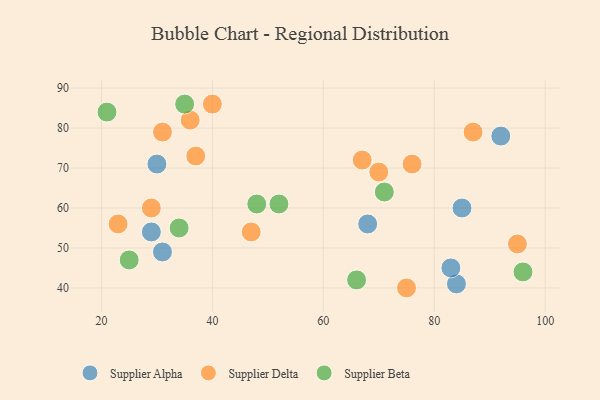
{"axis": {"x": "GDP", "y": "Life Expectancy"}, "legend": ["Supplier Alpha", "Supplier Beta", "Supplier Delta"], "data": [{"x": "30", "y": 71, "type": "Supplier Alpha"}, {"x": "84", "y": 41, "type": "Supplier Alpha"}, {"x": "68", "y": 56, "type": "Supplier Alpha"}, {"x": "31", "y": 49, "type": "Supplier Alpha"}, {"x": "29", "y": 54, "type": "Supplier Alpha"}, {"x": "83", "y": 45, "type": "Supplier Alpha"}, {"x": "92", "y": 78, "type": "Supplier Alpha"}, {"x": "85", "y": 60, "type": "Supplier Alpha"}, {"x": "36", "y": 82, "type": "Supplier Delta"}, {"x": "23", "y": 56, "type": "Supplier Delta"}, {"x": "31", "y": 79, "type": "Supplier Delta"}, {"x": "95", "y": 51, "type": "Supplier Delta"}, {"x": "87", "y": 79, "type": "Supplier Delta"}, {"x": "29", "y": 60, "type": "Supplier Delta"}, {"x": "40", "y": 86, "type": "Supplier Delta"}, {"x": "76", "y": 71, "type": "Supplier Delta"}, {"x": "37", "y": 73, "type": "Supplier Delta"}, {"x": "70", "y": 69, "type": "Supplier Delta"}, {"x": "67", "y": 72, "type": "Supplier Delta"}, {"x": "75", "y": 40, "type": "Supplier Delta"}, {"x": "47", "y": 54, "type": "Supplier Delta"}, {"x": "34", "y": 55, "type": "Supplier Beta"}, {"x": "71", "y": 64, "type": "Supplier Beta"}, {"x": "52", "y": 61, "type": "Supplier Beta"}, {"x": "66", "y": 42, "type": "Supplier Beta"}, {"x": "25", "y": 47, "type": "Supplier Beta"}, {"x": "35", "y": 86, "type": "Supplier Beta"}, {"x": "48", "y": 61, "type": "Supplier Beta"}, {"x": "96", "y": 44, "type": "Supplier Beta"}, {"x": "21", "y": 84, "type": "Supplier Beta"}]}